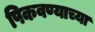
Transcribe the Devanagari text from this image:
पिकवण्याच्या